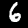
Digit: 6